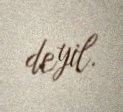
deyil.